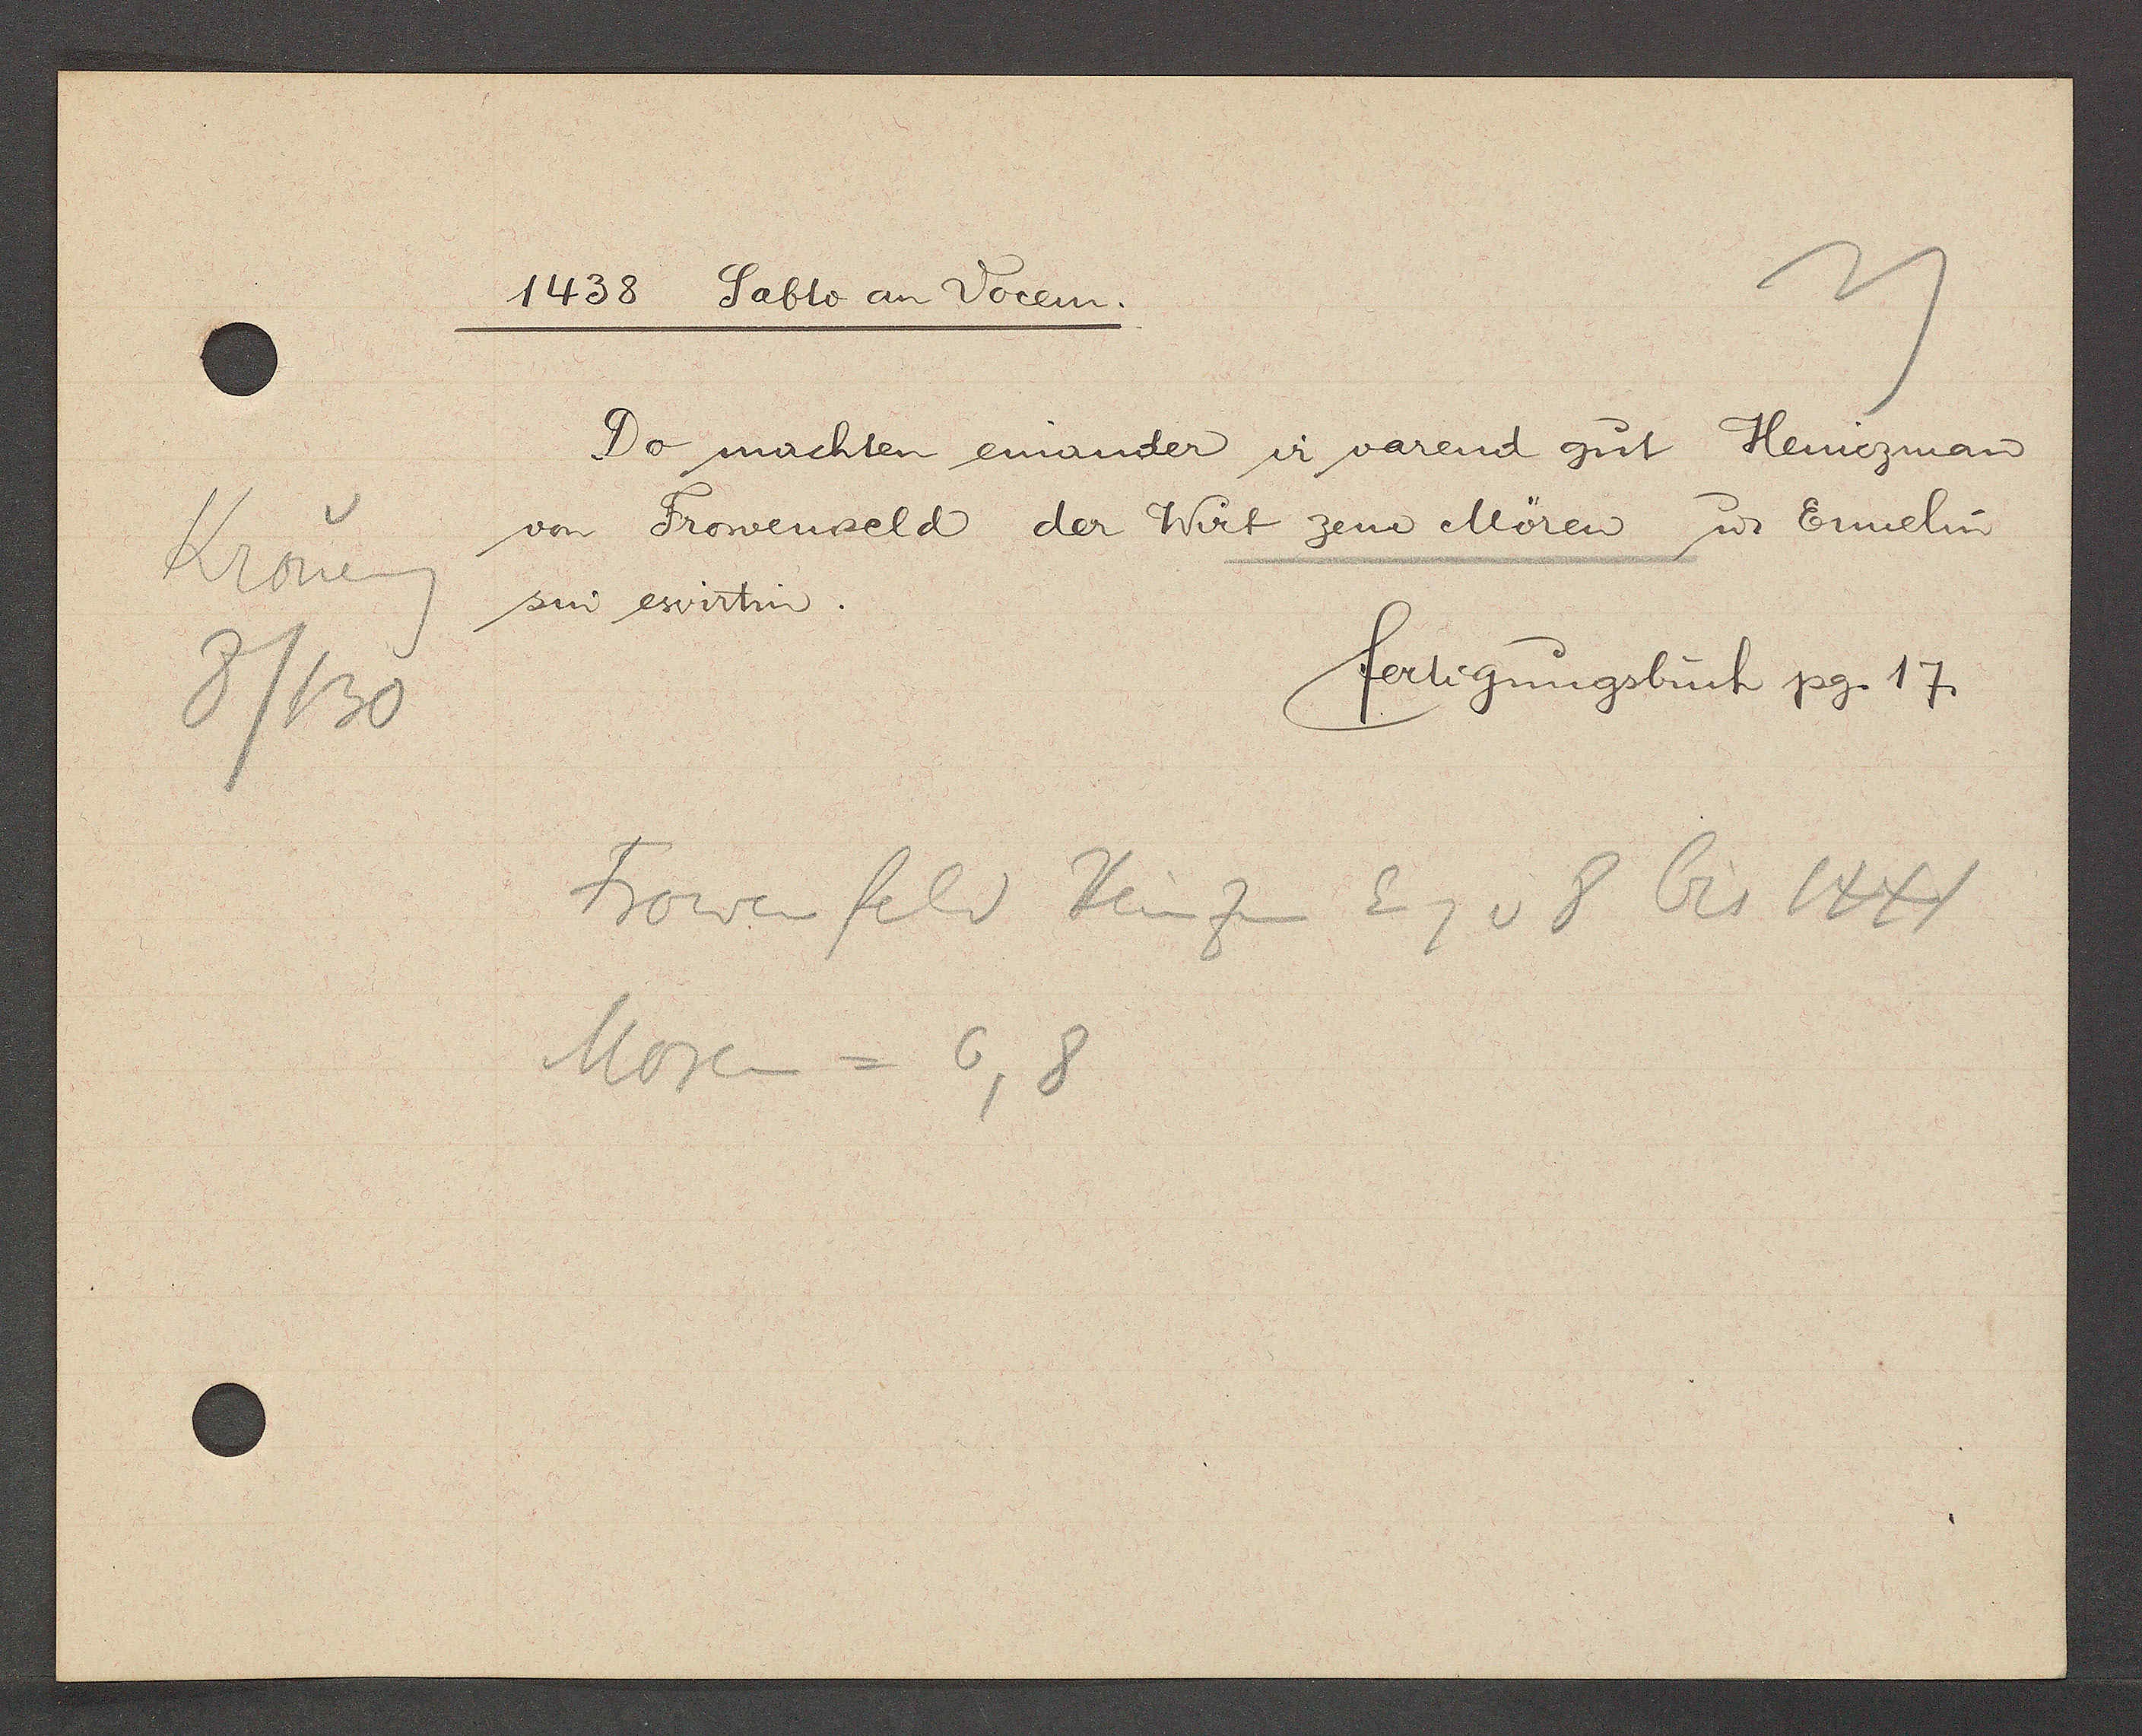
Transcript:
Kroneng
3/130

1438 Sabto an Vocem.

von Frowenseld der Wirt zem Mören u Ennelin
sin ewirtin.
Do machten einander ir varend gut Heniezman

fertigungsbuch pg. 17.

Frowenfeld Heinzen Eig v 8 bis 1441
Moren = 6, 8